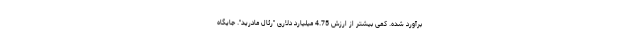
برآورد شده. کمی بیشتر از ارزش 4.75 میلیارد دلاری "رئال مادرید". جایگاه